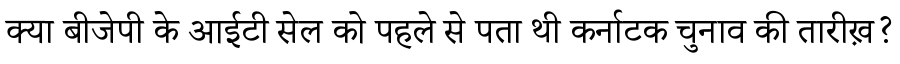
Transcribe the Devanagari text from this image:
क्या बीजेपी के आईटी सेल को पहले से पता थी कर्नाटक चुनाव की तारीख़?